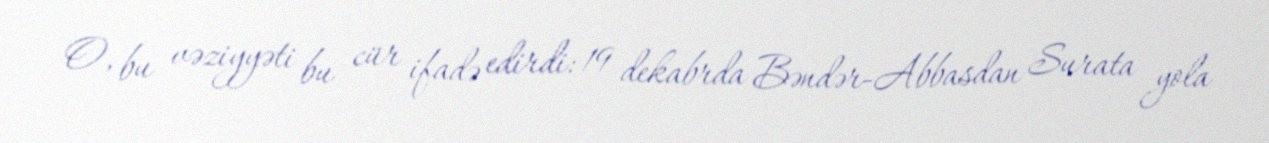
O, bu vəziyyəti bu cür ifadə edirdi: 19 dekabrda Bəndər-Abbasdan Surata yola